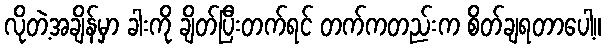
လိုတဲ့အချိန်မှာ ခါးကို ချိတ်ပြီးတက်ရင် တက်ကတည်းက စိတ်ချရတာပေါ့။